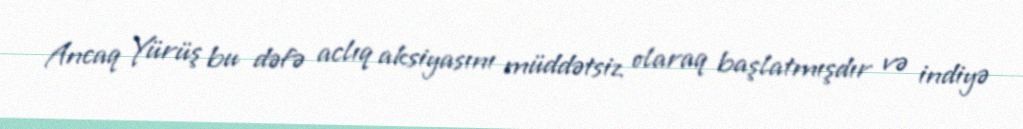
Ancaq Yürüş bu dəfə aclıq aksiyasını müddətsiz olaraq başlatmışdır və indiyə